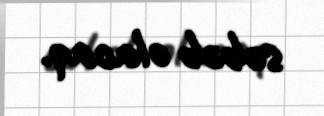
səbəb olacaq.